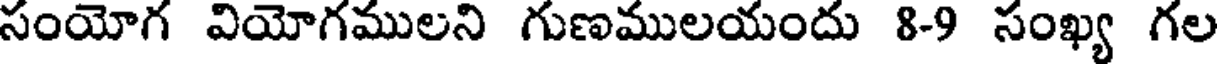
సంయోగ వియోగములని గుణములయందు 8-9 సంఖ్య గల